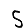
Digit: 5